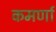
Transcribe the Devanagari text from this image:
कमर्णा